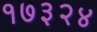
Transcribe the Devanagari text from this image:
१७३२४